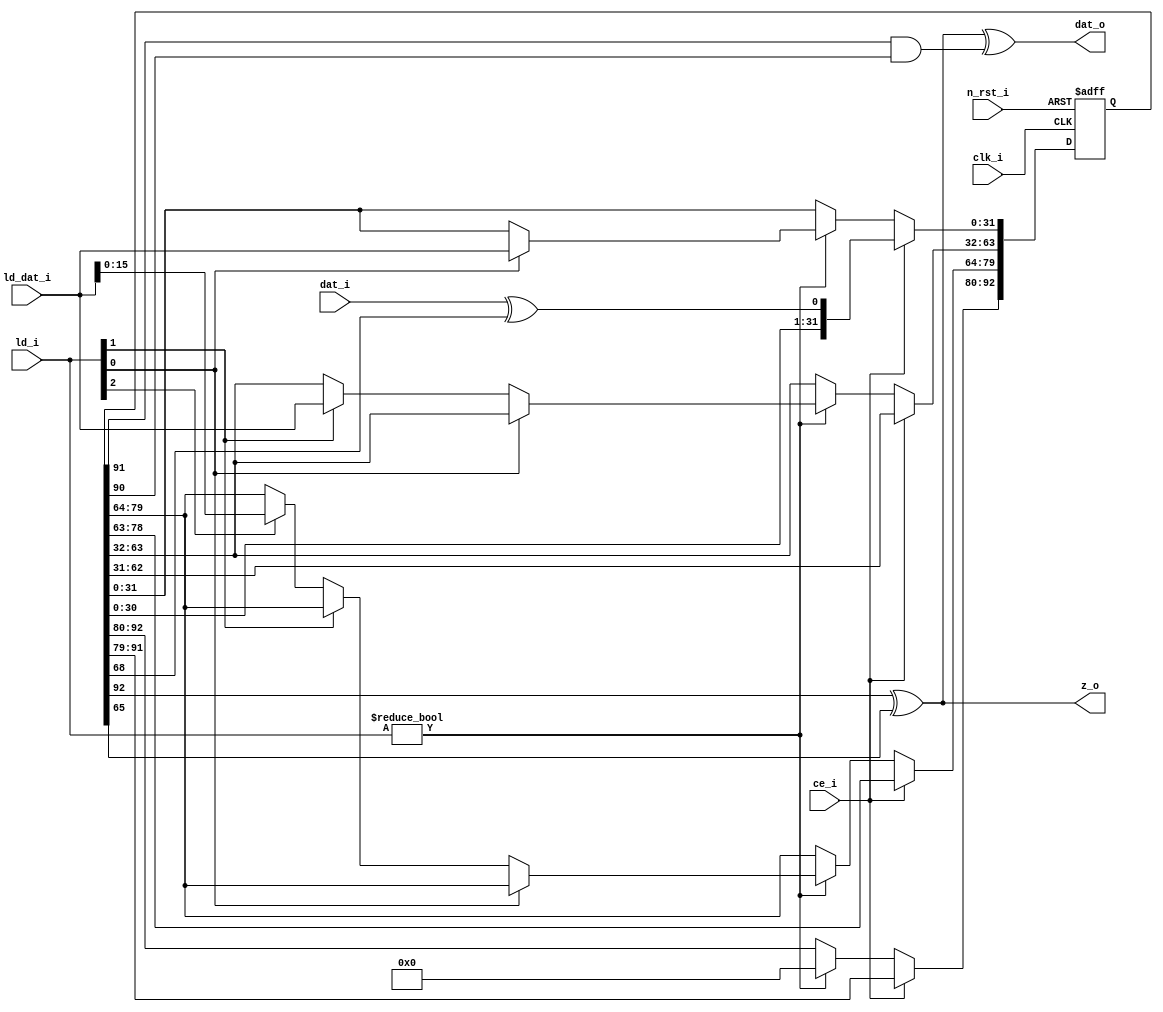
//////////////////////////////////////////////////////////////////////////////////
// 
// Design Name:      /
// Module Name:      shift_reg 
// Project Name:     Trivium
// Target Devices:   Spartan-6, Zynq
// Tool versions:    ISE 14.7, Vivado v2016.2
// Description:      A simple shift register that may be pre-loaded. The shift register
//                   incorporates a specified feedback and feedforward path.
//                   This component is designed in such a way that the logic required for
//                   Trivium can be obtained by combining three such register, each with
//                   a specific set of parameters.
//
// Dependencies:     /
//
// Revision: 
// Revision 0.01 - File Created
// Revision 0.02 - Fixed the mandatory reset issue 
//
//////////////////////////////////////////////////////////////////////////////////
`timescale 1ns / 1ps
`default_nettype none

module shift_reg #(
    parameter REG_SZ = 93,
    parameter FEED_FWD_IDX = 65,
    parameter FEED_BKWD_IDX = 68
) 
(
    /* Standard control signals */
    input   wire            clk_i,      /* System clock */
    input   wire            n_rst_i,    /* Asynchronous active low reset */
    input   wire            ce_i,       /* Chip enable */
   /* Input and output data related signals */
    input   wire    [2:0]   ld_i,       /* Load external value */
    input   wire    [31:0]  ld_dat_i,   /* External input data */
    input   wire            dat_i,      /* Input bit from other register */
    output  wire            dat_o,      /* Output bit  to other register */
    output  wire            z_o         /* Output for the key stream */
);

//////////////////////////////////////////////////////////////////////////////////
// Signal definitions
//////////////////////////////////////////////////////////////////////////////////
reg     [(REG_SZ - 1):0]    dat_r;      /* Shift register contents */
wire                        reg_in_s;   /* Shift register input (feedback value) */

//////////////////////////////////////////////////////////////////////////////////
// Feedback calculation
//////////////////////////////////////////////////////////////////////////////////
assign reg_in_s = dat_i ^ dat_r[FEED_BKWD_IDX];

//////////////////////////////////////////////////////////////////////////////////
// Shift register process
//////////////////////////////////////////////////////////////////////////////////
always @(posedge clk_i or negedge n_rst_i) begin

    if (!n_rst_i)
        dat_r <= 0;
    else begin
        if (ce_i) begin
            /* Shift contents of register */
            dat_r <= {dat_r[(REG_SZ - 2):0], reg_in_s};
        end
        else if (ld_i != 3'b000) begin /* Load external values into register */
            if (ld_i[0])
                dat_r[31:0] <= ld_dat_i;
            else if (ld_i[1])
                dat_r[63:32] <= ld_dat_i;
            else if (ld_i[2])
                dat_r[79:64] <= ld_dat_i[15:0];
         
            /* Set all top bits to zero, except in case of register C */   
            dat_r[(REG_SZ - 1):80] <= 0;
            if (REG_SZ == 111)
                dat_r[(REG_SZ - 1)-:3] <= 3'b111;
        end
    end
    
end

//////////////////////////////////////////////////////////////////////////////////
// Output calculations
//////////////////////////////////////////////////////////////////////////////////
assign z_o = (dat_r[REG_SZ - 1] ^ dat_r[FEED_FWD_IDX]);
assign dat_o = z_o ^ (dat_r[REG_SZ - 2] & dat_r[REG_SZ - 3]); 

endmodule